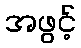
အဖွင့်